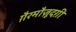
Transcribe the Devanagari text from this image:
ग़ैरमौज़ूदग़ी